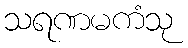
သရဏမကံသု